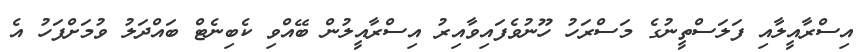
އިސްރާއީލާއި ފަލަސްތީނުގެ މަސްރަހު ހޫނުވެފައިވާއިރު އިސްރާއީލުން ބޭއްވި ކެބިނެޓް ބައްދަލު ވުމަށްފަހު އެ